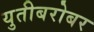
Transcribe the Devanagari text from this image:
युतीबरोबर